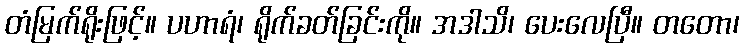
တံမြက်ရိုးဖြင့်။ ပဟာရံ၊ ရိုက်ခတ်ခြင်းကို။ အဒါသိ၊ ပေးလေပြီ။ တတော၊